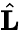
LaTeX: \hat{\mathbf L}